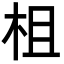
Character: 柤